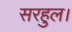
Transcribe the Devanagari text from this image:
सरहुल।